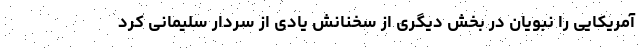
آمریکایی را نبویان در بخش دیگری از سخنانش یادی از سردار سلیمانی کرد